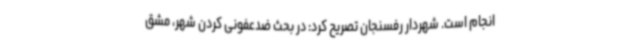
انجام است. شهردار رفسنجان تصریح کرد: در بحث ضدعفونی کردن شهر، مشق